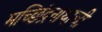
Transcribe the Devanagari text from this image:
मच्छिंद्रनाथाची